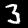
Label: 3